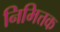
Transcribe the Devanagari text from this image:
निमित्तक